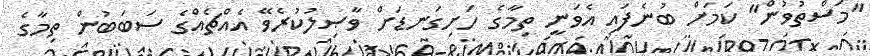
"މަސްތުވުން" ކަމަށް ބުނެފައި އެވަނީ ތިމާގެ ހަށިގަނޑަށް ވާޞިލުކުރެވޭ އެއްޗެއްގެ ސަބަބުން ތިމާގެ